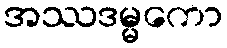
အဿဒမ္မကော